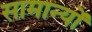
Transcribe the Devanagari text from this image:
सामान्यों